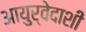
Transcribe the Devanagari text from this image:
आयुर्वेदाशी